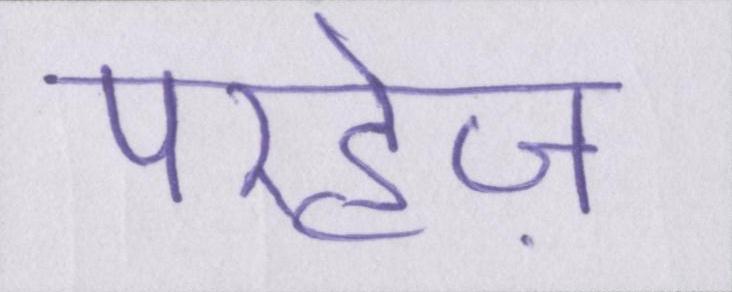
परहेज़